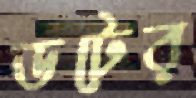
ডটের